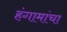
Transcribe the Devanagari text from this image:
हंगामांचा